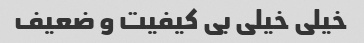
خیلی خیلی بی کیفیت و ضعیف